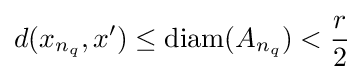
d(x_{n_{q}},x')\leq \operatorname {diam} (A_{n_{q}})<{\frac {r}{2}}